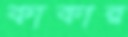
কাকার